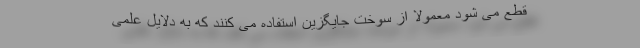
قطع می شود معمولا از سوخت جایگزین استفاده می کنند که به دلایل علمی